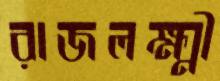
রাজলক্ষ্মী